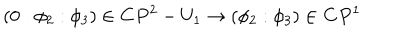
( 0 : \phi _ { 2 } : \phi _ { 3 } ) \in { \bf C } P ^ { 2 } - U _ { 1 } \rightarrow ( \phi _ { 2 } : \phi _ { 3 } ) \in { \bf C } P ^ { 1 }